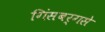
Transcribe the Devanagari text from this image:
गिंसबर्गसे